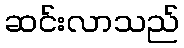
ဆင်းလာသည်